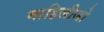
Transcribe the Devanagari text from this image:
माहिलीजो